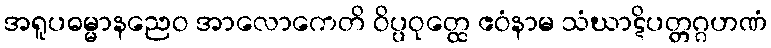
အရူပဓမ္မာနညေဝ အာလောကေတိ ဝိပ္ပဝုတ္ထေ ဧဝံနာမ သံဃာဋိပတ္တဂ္ဂဟဏံ